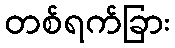
တစ်ရက်ခြား